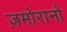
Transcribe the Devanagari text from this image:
ज़मोरानो